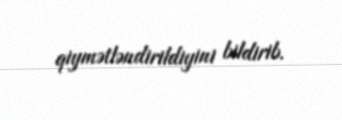
qiymətləndirildiyini bildirib.